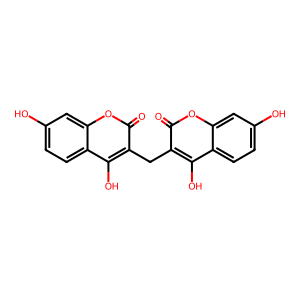
SMILES: O=c1oc2cc(O)ccc2c(O)c1Cc1c(O)c2ccc(O)cc2oc1=O
Inhibits HIV replication: No